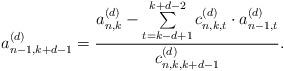
LaTeX: \begin{align*}a_{n-1,k+d-1}^{(d)} = \frac{a_{n,k}^{(d)}-\sum\limits_{t=k-d+1}^{k+d-2}{c_{n,k,t}^{(d)} \cdot a_{n-1,t}^{(d)}}}{c_{n,k,k+d-1}^{(d)}}.\end{align*}